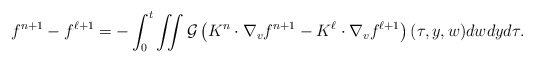
\begin{align*} f^{n+1}-f^{\ell+1}= - \int^t_0 \iint {\cal G}\left(K^n \cdot \nabla_vf^{n+1}-K^{\ell} \cdot \nabla_vf^{\ell +1}\right) (\tau,y,w) dwdyd \tau. \end{align*}